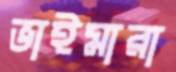
ভাইমারা